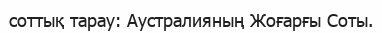
соттық тарау: Аустралияның Жоғарғы Соты.